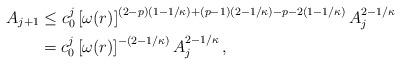
LaTeX: \begin{align*}A_{j+1} &\leq c_0^j \left[ \omega(r) \right]^{(2-p)(1-1/\kappa) + (p-1)(2-1/\kappa) - p - 2 (1-1/\kappa)} A_j^{2-1/\kappa}\\ &= c_0^j \left[ \omega(r) \right]^{-(2-1/\kappa)} A_j^{2-1/\kappa}\,,\end{align*}